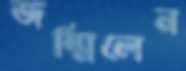
জন্মিলেন